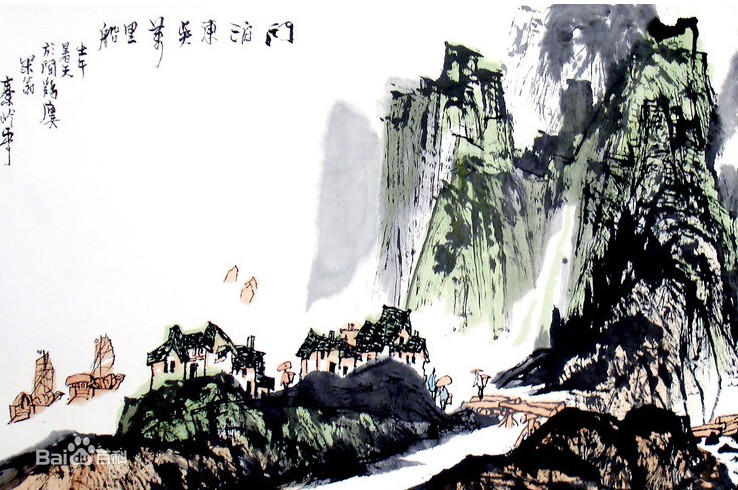
浩荡离愁白日斜，吟鞭东指即天涯。